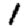
Digit: 1